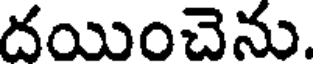
దయించెను.